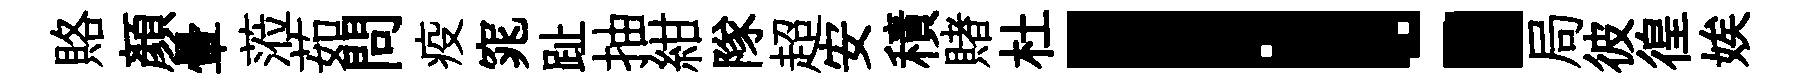
賂顏暈蒞茹問疫窕趾抽紺隊超安積賭杜！局彼徨娭